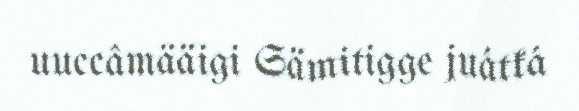
uuccâmääigi Sämitigge juátká